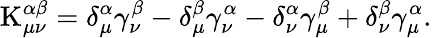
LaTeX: \mathrm{K}_{\mu\nu}^{\alpha\beta}=\delta_{\mu}^{\alpha}\gamma_{\nu}^{\beta}-\delta_{\mu}^{\beta}\gamma_{\nu}^{\alpha}-\delta_{\nu}^{\alpha}\gamma_{\mu}^{\beta}+\delta_{\nu}^{\beta}\gamma_{\mu}^{\alpha}.